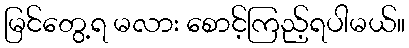
မြင်တွေ့ရ မလား စောင့်ကြည့်ရပါမယ်။